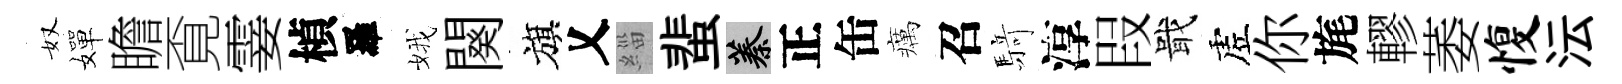
奴嬋瞻覔霎楨羅娥闋旗乂緇蜚蓁正缶癘召𮪍淳叚戢虗你旄轇萎愎沄